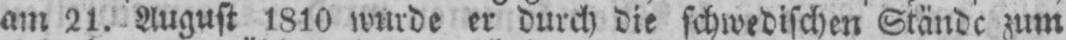
am 21. August 1810 wurde er durch die schwedischen Stände zum